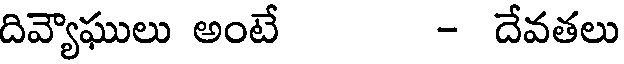
దివ్యౌఘులు అంటే - దేవతలు